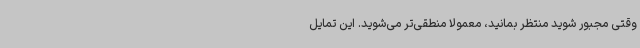
وقتی مجبور شوید منتظر بمانید، معمولاً منطقی‌تر می‌شوید. این تمایل